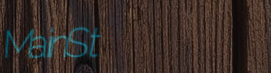
MainSt